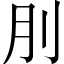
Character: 刖